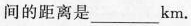
间的距离是_______km.